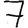
Digit: 7